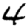
Digit: 4